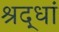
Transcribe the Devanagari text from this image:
श्रद्धां